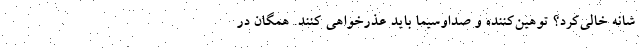
شانه خالی‌کرد؟ توهین‌کننده و صداوسیما باید عذرخواهی کنند. همگان در